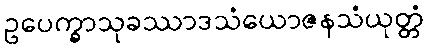
ဥပေက္ခာသုခဿာဒသံယောဇနသံယုတ္တံ